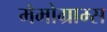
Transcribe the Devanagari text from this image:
मैमोग्राम्स